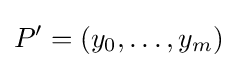
P'=(y_{0},\ldots ,y_{m})